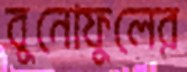
বুনোফুলের